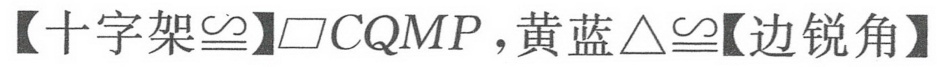
【十字架\(\cong\)】\(\square CQMP\)，黄蓝\(\triangle\cong\)【边锐角】